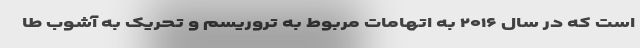
است که در سال ۲۰۱۶ به اتهامات مربوط به تروریسم و تحریک به آشوب طا